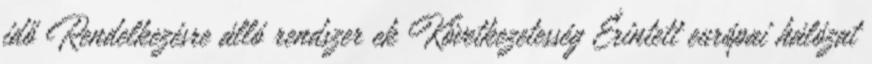
idő Rendelkezésre álló rendszer ek Következetesség Érintett európai hálózat